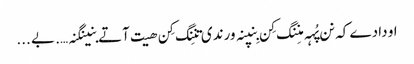
او دادے کہ نن پُہہ منِنگ کِن بِنپنہ ورندی تنِنگ کِن ھیت آتے بنینگنہ…. بے ...